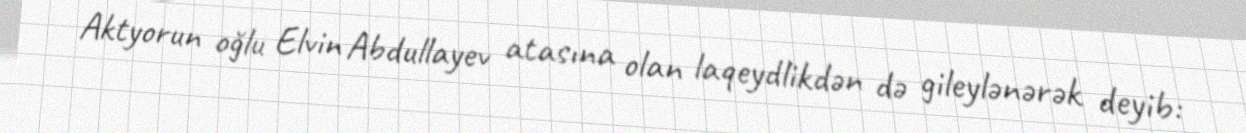
Aktyorun oğlu Elvin Abdullayev atasına olan laqeydlikdən də gileylənərək deyib: